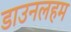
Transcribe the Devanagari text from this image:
डाउनलहम